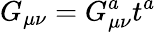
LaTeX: G_{\mu\nu}=G_{\mu\nu}^{a}t^{a}